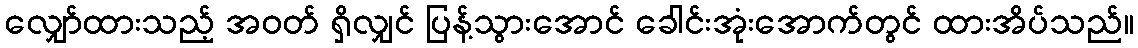
လျှော်ထားသည့် အဝတ် ရှိလျှင် ပြန့်သွားအောင် ခေါင်းအုံးအောက်တွင် ထားအိပ်သည်။